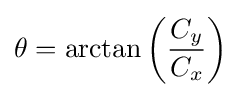
\theta =\arctan \left({\frac {C_{y}}{C_{x}}}\right)